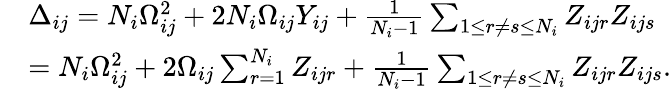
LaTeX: \begin{array}{rl}&{\Delta_{ij}=N_{i}\Omega_{ij}^{2}+2N_{i}\Omega_{ij}Y_{ij}+\frac{1}{N_{i}-1}\sum_{1\leq r\neq s\leq N_{i}}Z_{ijr}Z_{ijs}}\\ &{=N_{i}\Omega_{ij}^{2}+2\Omega_{ij}\sum_{r=1}^{N_{i}}Z_{ijr}+\frac{1}{N_{i}-1}\sum_{1\leq r\neq s\leq N_{i}}Z_{ijr}Z_{ijs}.}\end{array}